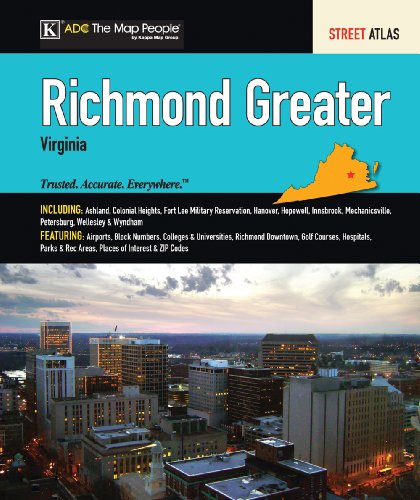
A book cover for ADC Greater Richmond Virginia Street Atlas (Richmond Virginia Street Map Book); Travel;